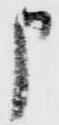
申